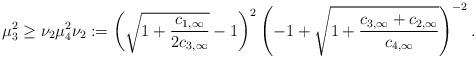
LaTeX: \begin{align*}\mu_3^2\geq \nu_2\mu_4^2 \nu_2 :=\left(\sqrt{1 + \frac{c_{1,\infty}}{2c_{3,\infty}}} - 1\right)^2\left(-1 + \sqrt{1 + \frac{c_{3,\infty} + c_{2,\infty}}{c_{4,\infty}}}\right)^{-2}.\end{align*}